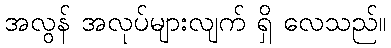
အလွန် အလုပ်များလျက် ရှိ လေသည်။